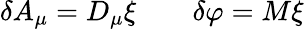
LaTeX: \delta A_{\mu}=D_{\mu}\xi\qquad\delta\varphi=M\xi